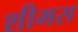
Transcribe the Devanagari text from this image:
शीमस